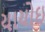
યાયોઇ